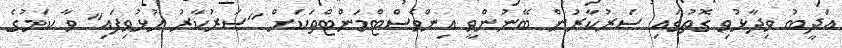
އަދީބު ވިދާޅުވި ގޮތުގައި ސަރުކާރުން ބޭނުންވީ އިންވެސްޓްމަންޓްތަކަށް "ސަރުކާރު ހުޅުވިފައި" ވާ ކަމުގެ